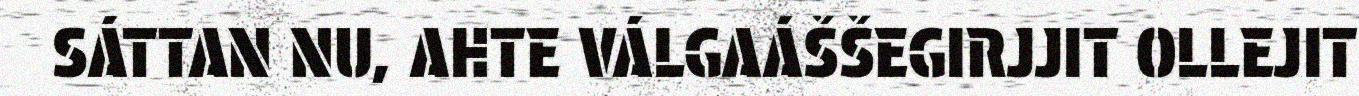
SÁTTAN NU, AHTE VÁLGAÁŠŠEGIRJJIT OLLEJIT